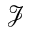
\mathscr { J }